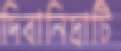
দিবানিদ্রাটি